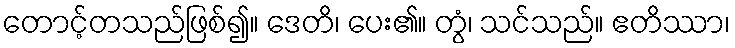
တောင့်တသည်ဖြစ်၍။ ဒေတိ၊ ပေး၏။ တွံ၊ သင်သည်။ ဧတိဿာ၊